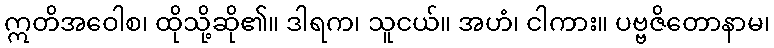
ဣတိအဝေါစ၊ ထိုသို့ဆို၏။ ဒါရက၊ သူငယ်။ အဟံ၊ ငါကား။ ပဗ္ဗဇိတောနာမ၊